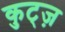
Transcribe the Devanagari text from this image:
कुट्ज़